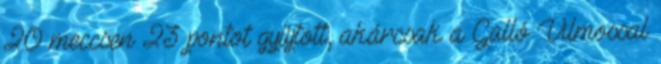
20 meccsen 23 pontot gyűjtött, akárcsak a Galló Vilmossal